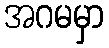
အဂမမှာ